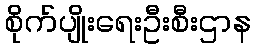
စိုက်ပျိုးရေးဦးစီးဌာန